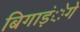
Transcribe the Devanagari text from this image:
बिगाड़ंेगे